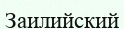
Заилийский